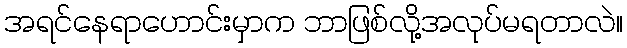
အရင်နေရာဟောင်းမှာက ဘာဖြစ်လို့အလုပ်မရတာလဲ။